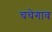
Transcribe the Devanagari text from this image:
चचेगाव